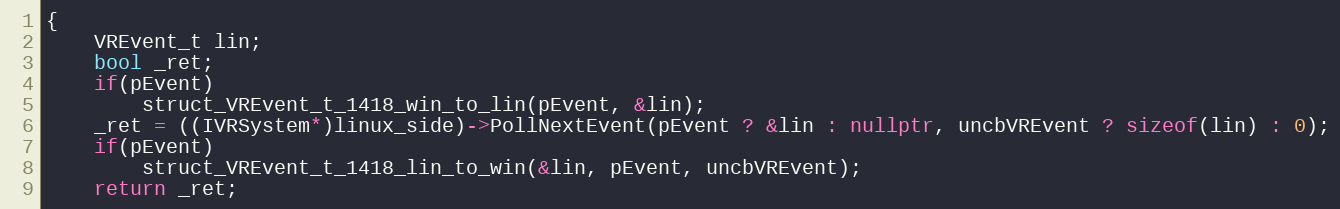
Language: C++
{
    VREvent_t lin;
    bool _ret;
    if(pEvent)
        struct_VREvent_t_1418_win_to_lin(pEvent, &lin);
    _ret = ((IVRSystem*)linux_side)->PollNextEvent(pEvent ? &lin : nullptr, uncbVREvent ? sizeof(lin) : 0);
    if(pEvent)
        struct_VREvent_t_1418_lin_to_win(&lin, pEvent, uncbVREvent);
    return _ret;